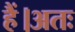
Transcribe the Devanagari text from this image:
हैं।अतः